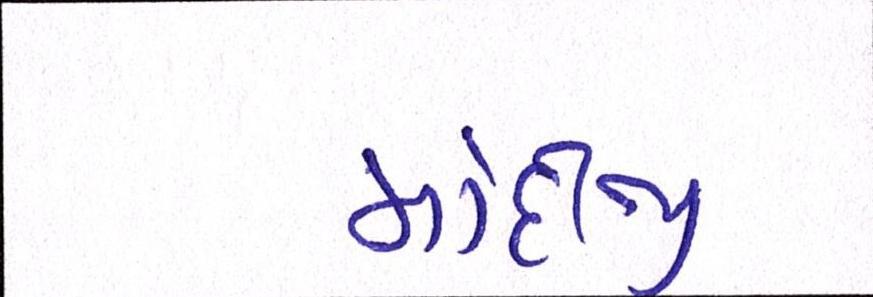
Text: મોદીજી